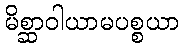
မိစ္ဆာဝါယာမပစ္စယာ